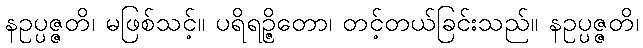
နဥပ္ပဇ္ဇတိ၊ မဖြစ်သင့်။ ပရိရဉ္ဇိတော၊ တင့်တယ်ခြင်းသည်။ နဥပ္ပဇ္ဇတိ၊